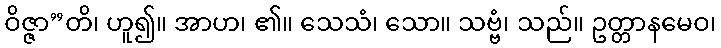
ဝိဇ္ဇာ”တိ၊ ဟူ၍။ အာဟ၊ ၏။ သေသံ၊ သော။ သဗ္ဗံ၊ သည်။ ဥတ္တာနမေဝ၊